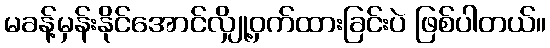
မခန့်မှန်းနိုင်အောင်လျှို့ဝှက်ထားခြင်းပဲ ဖြစ်ပါတယ်။